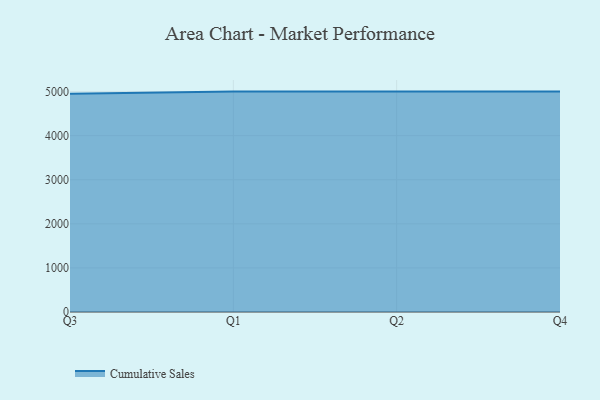
{"axis": {"x": "Quarter", "y": "Production Output"}, "legend": ["Cumulative Sales"], "data": [{"x": "Q3", "y": 4952.3, "type": "Cumulative Sales"}, {"x": "Q1", "y": 5000, "type": "Cumulative Sales"}, {"x": "Q2", "y": 5000, "type": "Cumulative Sales"}, {"x": "Q4", "y": 5000, "type": "Cumulative Sales"}]}